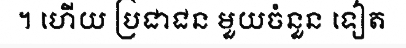
។ ហើយ ប្រជាជន មួយចំនួន ទៀត